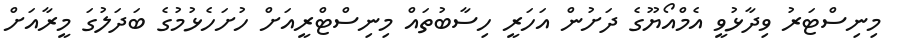
މިނިސްޓަރު ވިދާޅުވީ އެމްއޯޔޫގެ ދަށުން އަހަރީ ހިސާބުތައް މިނިސްޓްރީއަށް ހުށަހެޅުމުގެ ބަދަލުގަ މީރާއަށް